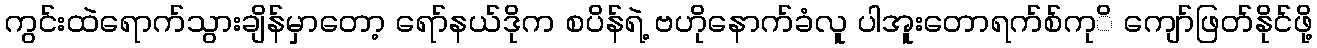
ကွင်းထဲရောက်သွားချိန်မှာတော့ ရော်နယ်ဒိုက စပိန်ရဲ့ ဗဟိုနောက်ခံလူ ပါအူးတောရက်စ်ကုိ ကျော်ဖြတ်နိုင်ဖို့